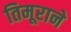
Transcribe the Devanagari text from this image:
तिमूराने